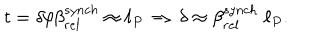
LaTeX: t = \delta / \beta _ { r e l } ^ { s y n c h } \approx \ell _ { P } \, \Rightarrow \, \delta \approx \beta _ { r e l } ^ { s y n c h } \; \ell _ { P } .